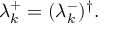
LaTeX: \lambda _ { k } ^ { + } = ( \lambda _ { k } ^ { - } ) ^ { \dag } .